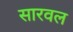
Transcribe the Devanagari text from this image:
सारवल